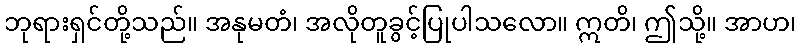
ဘုရားရှင်တို့သည်။ အနုမတံ၊ အလိုတူခွင့်ပြုပါသလော။ ဣတိ၊ ဤသို့။ အာဟ၊